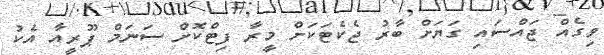
ވިގެއް ޖައްސައި ގަޔަށް ބާރު ޖެކެޓަކަށް މީރާ ފިޓްކޮށް ސަނަމް ޕޫރީއާ އެކު